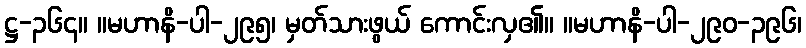
ဋ္ဌ-၃၆၄။ ။မဟာနိ-ပါ-၂၉၅၊ မှတ်သားဖွယ် ကောင်းလှ၏။ ။မဟာနိ-ပါ-၂၉၀-၃၉၆၊